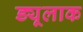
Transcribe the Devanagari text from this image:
ड्यूलाक